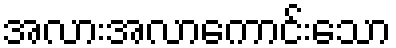
အလားအလာကောင်းသော